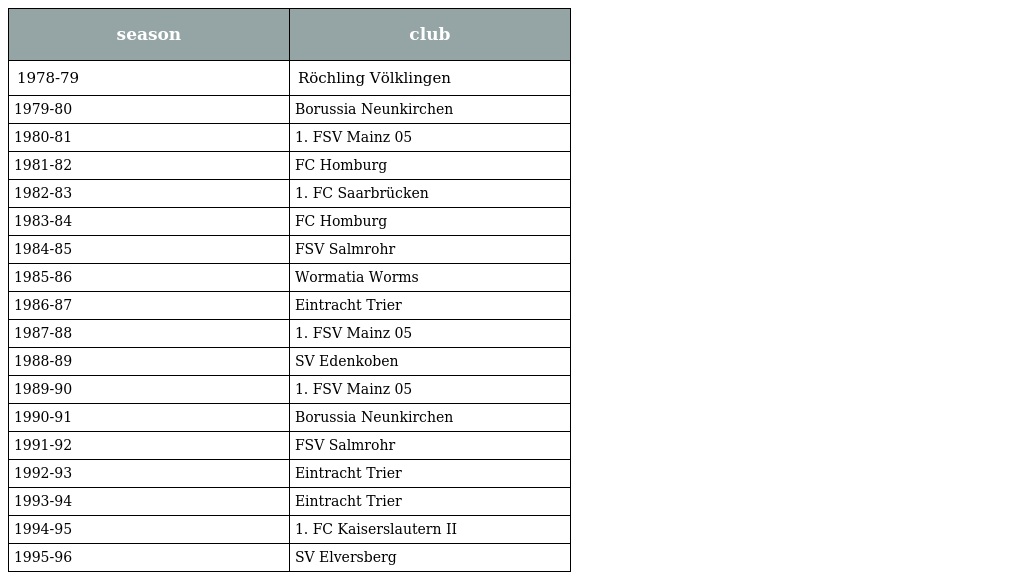
| season | club |
 | --- | --- |
 | 1978-79 | Röchling Völklingen |
 | 1979-80 | Borussia Neunkirchen |
 | 1980-81 | 1. FSV Mainz 05 |
 | 1981-82 | FC Homburg |
 | 1982-83 | 1. FC Saarbrücken |
 | 1983-84 | FC Homburg |
 | 1984-85 | FSV Salmrohr |
 | 1985-86 | Wormatia Worms |
 | 1986-87 | Eintracht Trier |
 | 1987-88 | 1. FSV Mainz 05 |
 | 1988-89 | SV Edenkoben |
 | 1989-90 | 1. FSV Mainz 05 |
 | 1990-91 | Borussia Neunkirchen |
 | 1991-92 | FSV Salmrohr |
 | 1992-93 | Eintracht Trier |
 | 1993-94 | Eintracht Trier |
 | 1994-95 | 1. FC Kaiserslautern II |
 | 1995-96 | SV Elversberg |